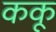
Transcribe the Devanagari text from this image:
ककू